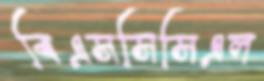
বিএসসিসিএল